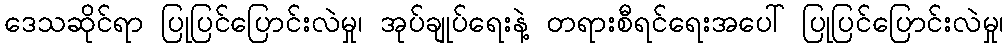
ဒေသဆိုင်ရာ ပြုပြင်ပြောင်းလဲမှု၊ အုပ်ချုပ်ရေးနဲ့ တရားစီရင်ရေးအပေါ် ပြုပြင်ပြောင်းလဲမှု၊